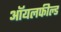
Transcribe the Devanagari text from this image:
ऑयलफील्ड